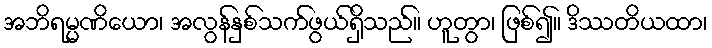
အဘိရမ္မဏိယော၊ အလွန်နှစ်သက်ဖွယ်ရှိသည်။ ဟူတွာ၊ ဖြစ်၍။ ဒိဿတိယထာ၊